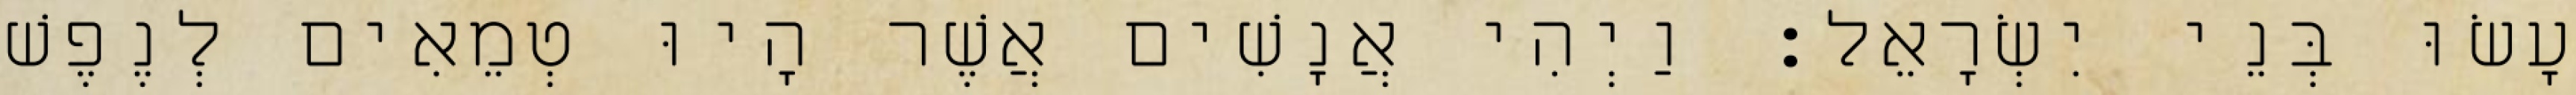
עָשׂוּ בְּנֵי יִשְׂרָאֵל׃ וַיְהִי אֲנָשִׁים אֲשֶׁר הָיוּ טְמֵאִים לְנֶפֶשׁ